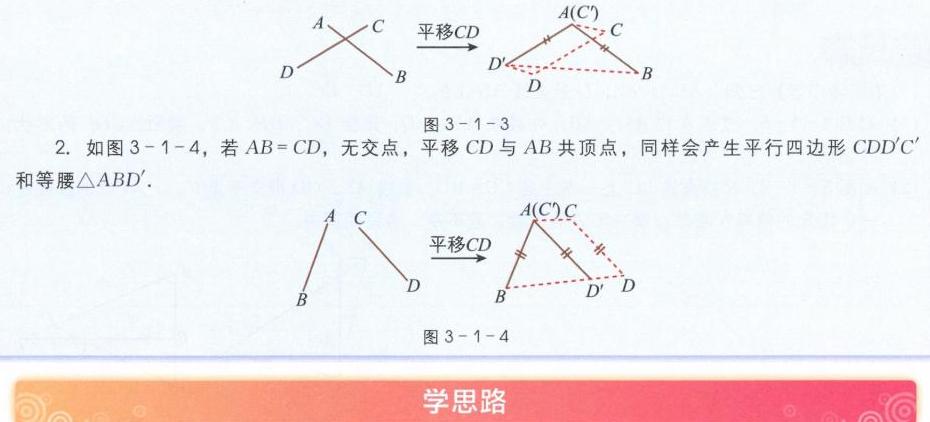
图3-1-3
![图3-1-3](https://pic1.zhimg.com/v2-8c8c8c8c8c8c8c8c8c8c8c8c8c8c8c8c_b.jpg)
2. 如图3-1-4，若\(AB = CD\)，无交点，平移\(CD\)与\(AB\)共顶点，同样会产生平行四边形\(CDD'C'\)和等腰\(\triangle ABD'\)。
图3-1-4
![图3-1-4](https://pic2.zhimg.com/v2-8c8c8c8c8c8c8c8c8c8c8c8c8c8c8c8c_b.jpg)
学思路